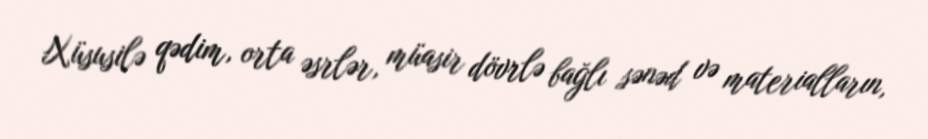
Xüsusilə qədim, orta əsrlər, müasir dövrlə bağlı sənəd və materialların,